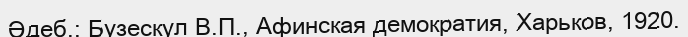
Әдеб.: Бузескул В.П., Афинская демократия, Харьков, 1920.